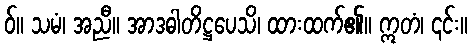
ဝ်။ သမံ၊ အညီ။ အာဒဓါတိဋ္ဌပေသိ၊ ထားထက်၏။ ဣတံ၊ ၎င်း။